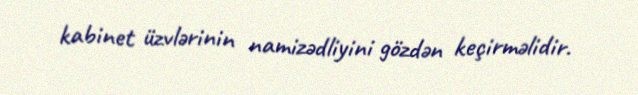
kabinet üzvlərinin namizədliyini gözdən keçirməlidir.